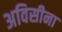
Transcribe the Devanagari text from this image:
अविसीना